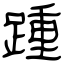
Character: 踵